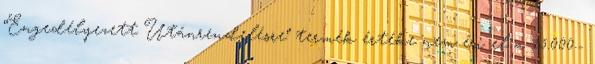
“Engedélyezett Utánrendelésre” termék értéke nem éri el a 15.000.-